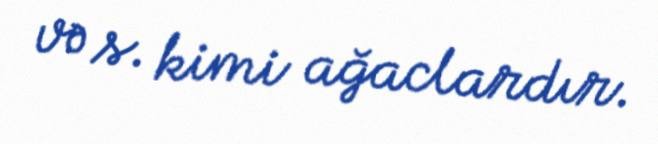
və s. kimi ağaclardır.